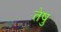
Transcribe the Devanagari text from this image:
तेषु